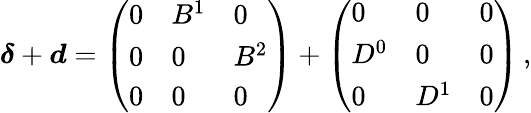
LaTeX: \begin{array}{r}{\boldsymbol{\delta}+\boldsymbol{d}=\left(\begin{array}{lll}{0}&{B^{1}}&{0}\\ {0}&{0}&{B^{2}}\\ {0}&{0}&{0}\end{array}\right)+\left(\begin{array}{lll}{0}&{0}&{0}\\ {D^{0}}&{0}&{0}\\ {0}&{D^{1}}&{0}\end{array}\right)\, ,}\end{array}